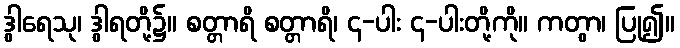
ဒွါရေသု၊ ဒွါရတို့၌။ စတ္တာရိ စတ္တာရိ၊ ၄-ပါး ၄-ပါးတို့ကို။ ကတွာ၊ ပြု၍။